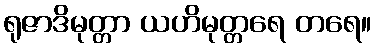
ရုဇာဒိမုတ္တာ ယဟိမုတ္တရေ တရေ။